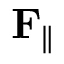
\mathbf { F } _ { \parallel }